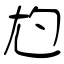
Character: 尥